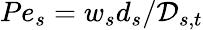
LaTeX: Pe_{s}={w_{s}d_{s}}/{\mathcal{D}_{s,t}}